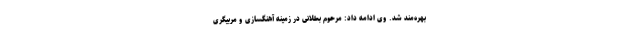
بهره‌مند شد. وی ادامه داد: مرحوم بطلانی در زمینه آهنگسازی و مربیگری